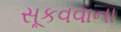
સૂકવવાના